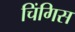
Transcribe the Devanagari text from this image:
चिंगिस